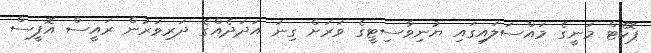
ޕޮކެޓް މަނީގެ މައްސަލައިގައި ޔުނިވާސިޓީގެ ވަރަށް ގިނަ އަދަދެއްގެ ދަރިވަރުން ރައީސް އޮފީސް